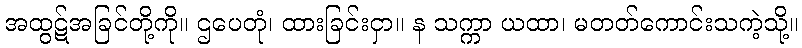
အထွဋ်အခြင်တို့ကို။ ဌပေတုံ၊ ထားခြင်းငှာ။ န သက္ကာ ယထာ၊ မတတ်ကောင်းသကဲ့သို့။